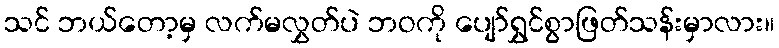
သင် ဘယ်တော့မှ လက်မလွှတ်ပဲ ဘဝကို ပျော်ရွှင်စွာဖြတ်သန်းမှာလား။